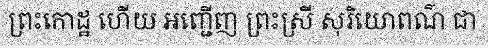
ព្រះកោដ្ឋ ហើយ អញ្ជើញ ព្រះស្រី សុរិយោពណ៌ ជា